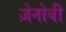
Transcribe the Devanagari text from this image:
ज़ेनोबी